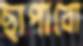
ছাপাবো